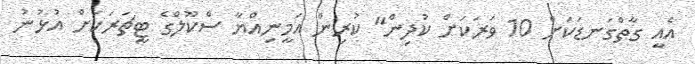
އެއީ ގާތްގަނޑަކަށް 10 ވަރަކަށް ކުދިން" ކުރިން އަމީނިއްޔާ ސްކޫލްގެ ޓީޗަރަކަށް އުޅުނު